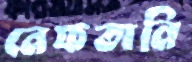
নেফতানি